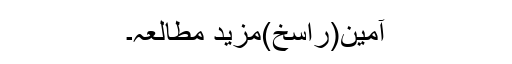
آمین(راسخ)مزید مطالعہ۔